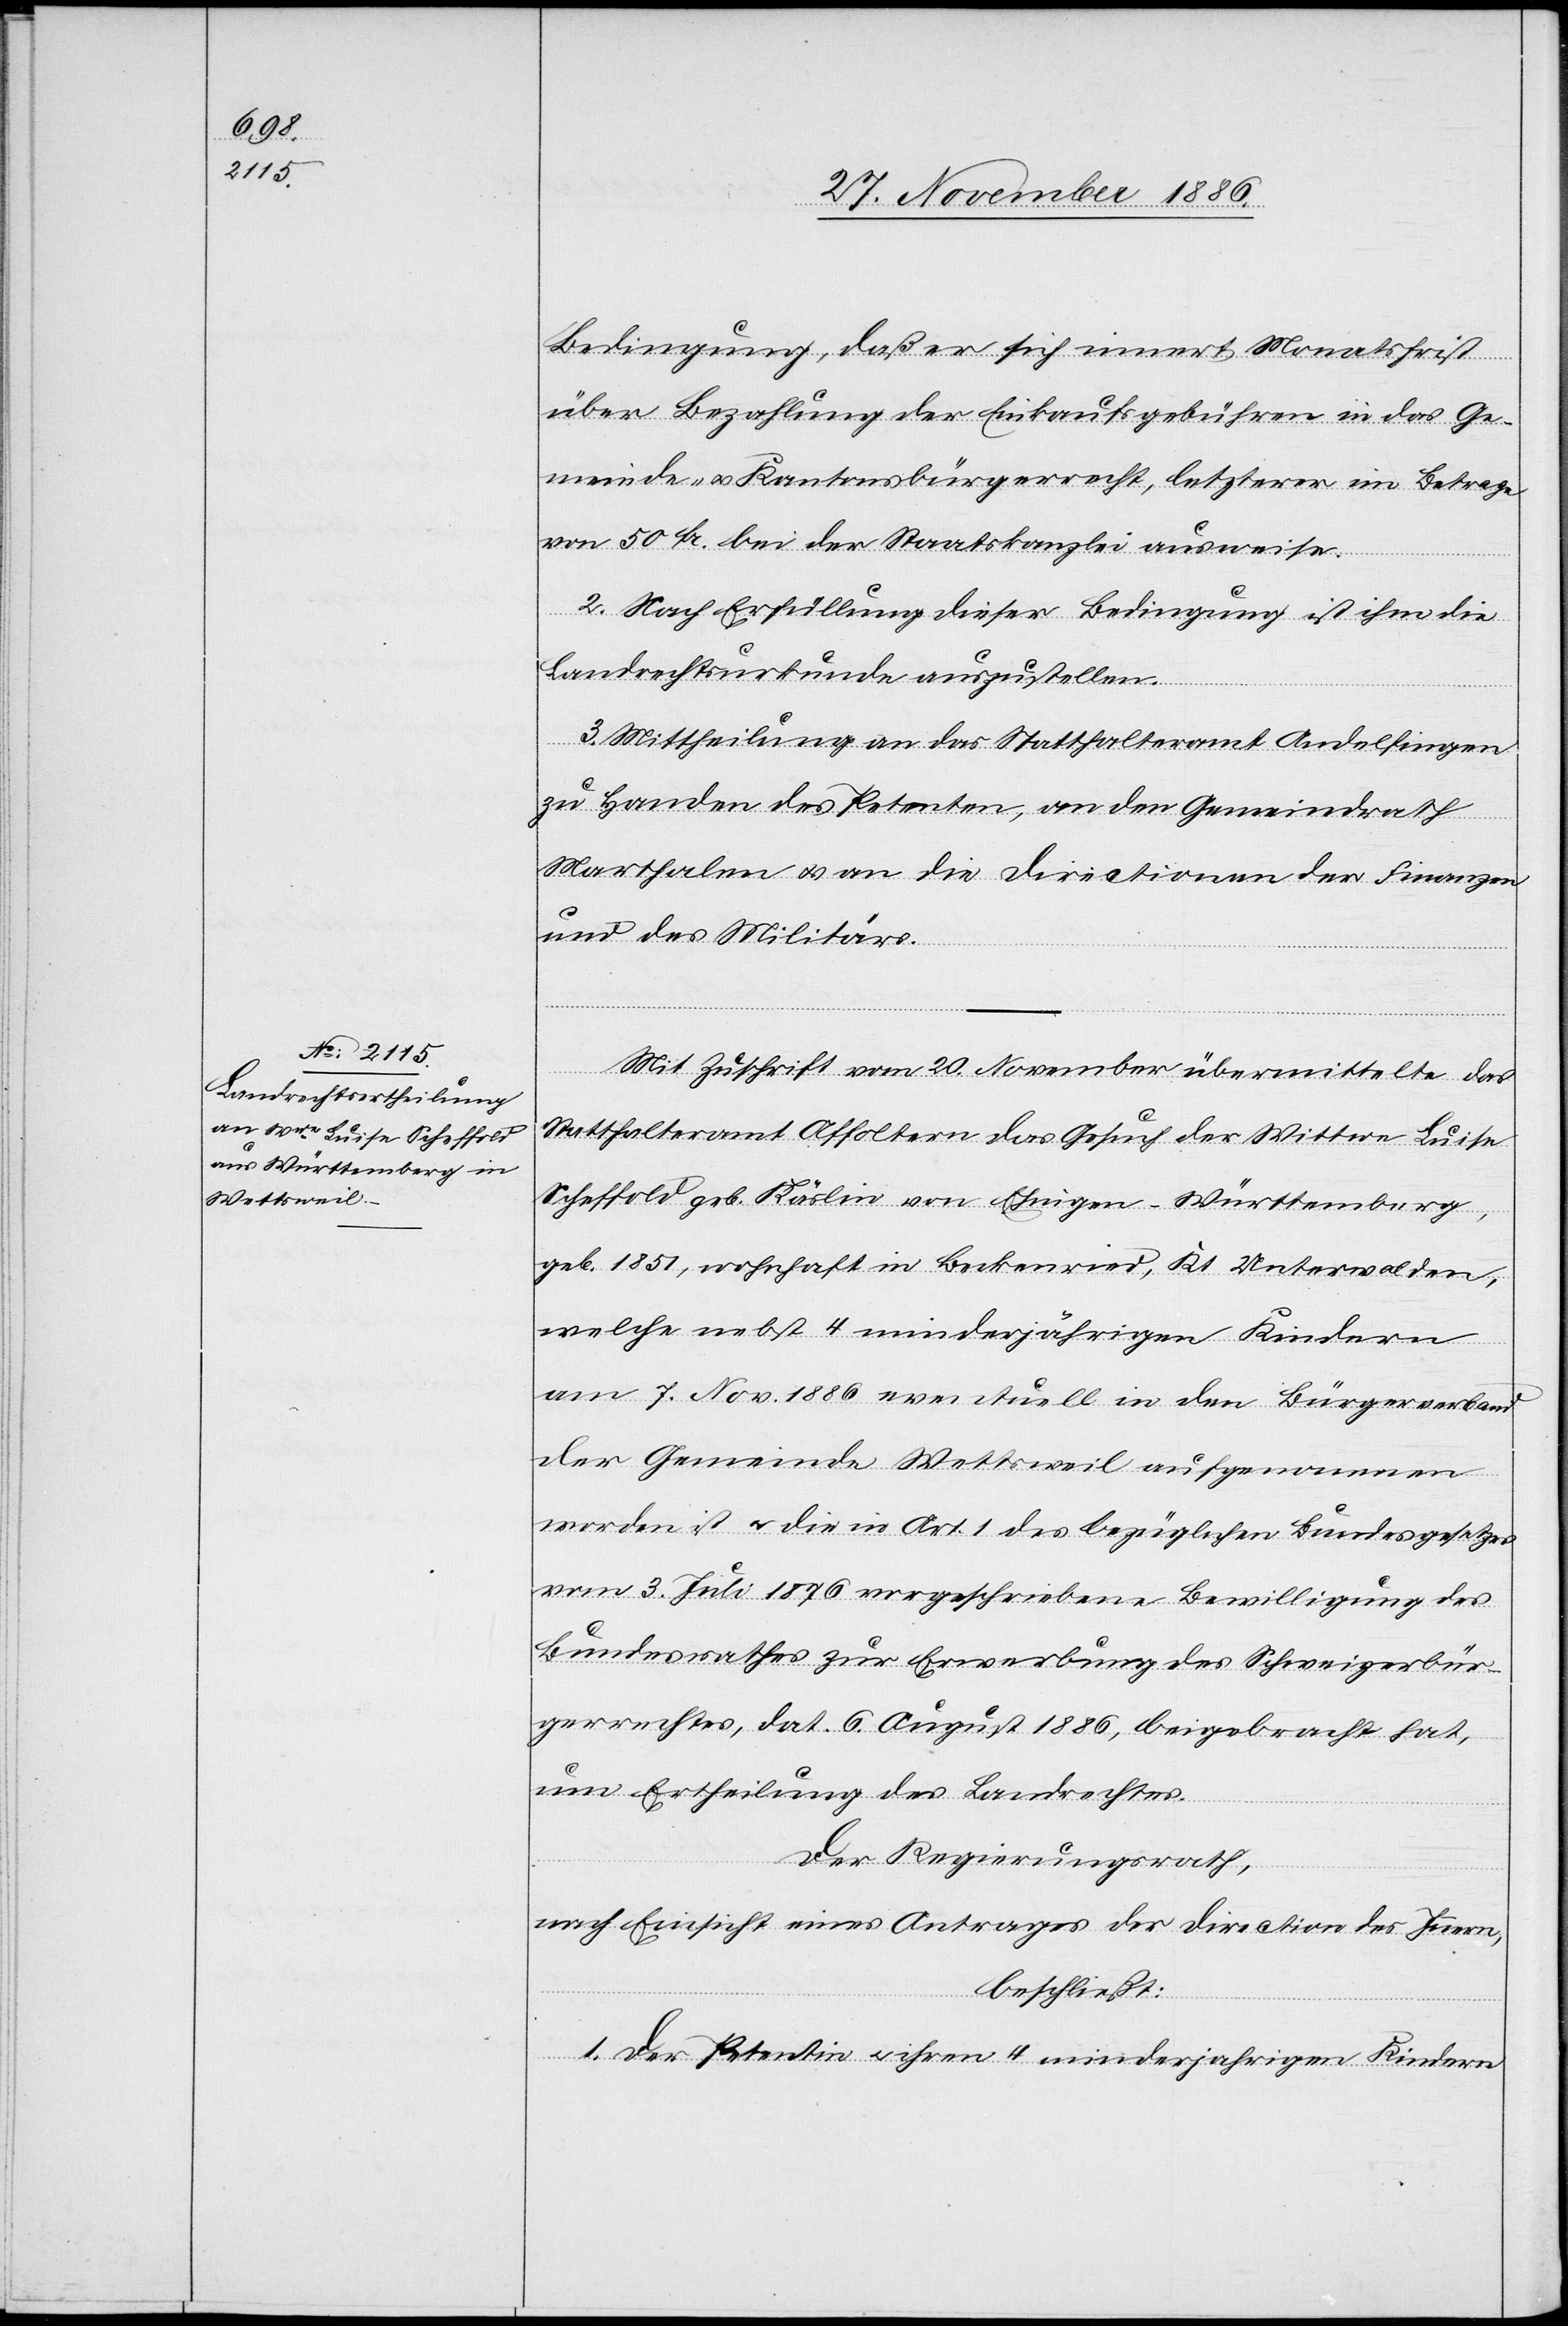
Bedingung, daß er sich innert Monatsfrist
über Bezahlung der Einkaufsgebühren in das Ge¬
meinde- & Kantonsbürgerrecht, letzterer im Betrage
von 50 Fr. bei der Staatskanzlei ausweise.
2. Nach Erfüllung dieser Bedingung ist ihm die
Landrechtsurkunde auszustellen.
3. Mittheilung an das Statthalteramt Andelfingen
zu Handen des Petenten, an den Gemeindrath
Marthalen & an die Directionen der Finanzen
und des Militärs.
Kind¬
ern
Mit Zuschrift vom 20. November übermittelte das
Statthalteramt Affoltern das Gesuch der Wittwe Luise
Scheffold geb. Käslin von Ehni[n]gen - Württemberg,
geb. 1851, wohnhaft in Beckenried, Kt. Unterwalden,
welche nebst 4 minderjährigen Kindern
am 7. Nov. 1886 eventuell in den Bürgerverband
der Gemeinde Wettsweil aufgenommen
worden ist & die in Art. 1 des bezüglichen Bundesgesetzes
vom 3. Juli 1876 vorgeschriebene Bewilligung des
Bundesrathes zur Erwerbung des Schweizerbür¬
gerrechtes, dat. 6. August 1886, beigebracht hat,
um Ertheilung des Landrechtes.
Der Regierungsrath,
nach Einsicht eines Antrages der Direction des Innern,
beschließt:
1. Der Petentin & ihren 4 minderjahrigen [sic!]